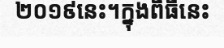
២០១៩នេះ។ក្នុងពិធីនេះ